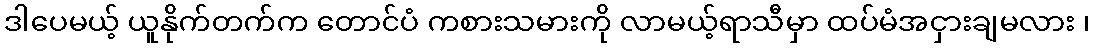
ဒါပေမယ့် ယူနိုက်တက်က တောင်ပံ ကစားသမားကို လာမယ့်ရာသီမှာ ထပ်မံအငှားချမလား ၊